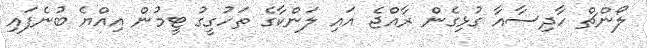
ލޯންޗް ހާދިސާއާ ގުޅިގެން ރާއްޖެ އައި ލަންކާގެ ތަހުގީގު ޓީމުން އިއްޔެ ބުނެފައި